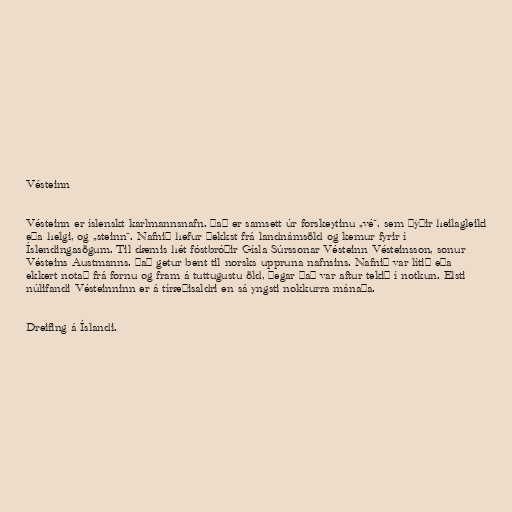
Vésteinn

Vésteinn er íslenskt karlmannsnafn. Það er samsett úr forskeytinu „vé“, sem þýðir heilagleiki
eða helgi, og „steinn“. Nafnið hefur þekkst frá landnámsöld og kemur fyrir í
Íslendingasögum. Til dæmis hét fóstbróðir Gísla Súrssonar Vésteinn Vésteinsson, sonur
Vésteins Austmanns. Það getur bent til norsks uppruna nafnsins. Nafnið var lítið eða
ekkert notað frá fornu og fram á tuttugustu öld, þegar það var aftur tekið í notkun. Elsti
núlifandi Vésteinninn er á tíræðisaldri en sá yngsti nokkurra mánaða.

Dreifing á Íslandi.